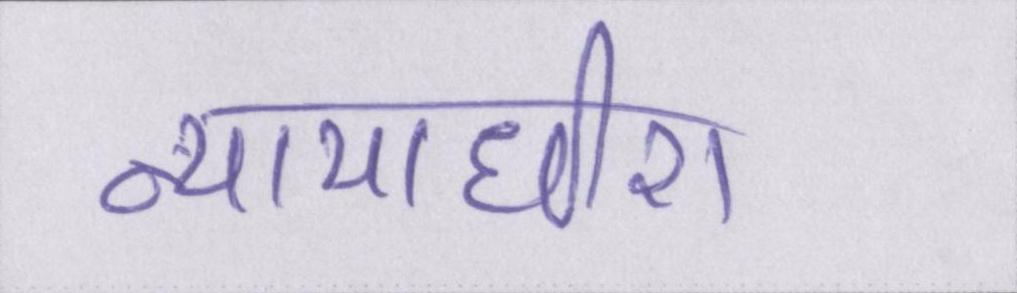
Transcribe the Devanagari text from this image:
न्यायाधीश